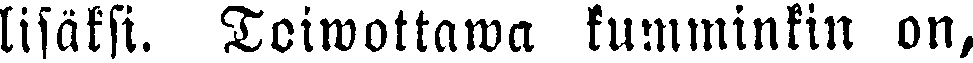
lisäksi. Toiwottawa kumminkin on,